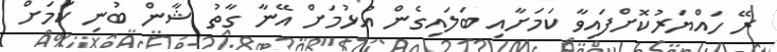
ރޭ ހައްޔަރުކޮށްފައިވާ ކަމަށާއި ބަލައިގެން އުޅުމަށް އޭނާ ގާތު ޝާން ބުނި ކަމަށް